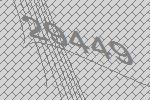
29449